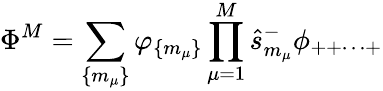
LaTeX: \Phi^{M}=\sum_{\{ m_{\mu}\} }\varphi_{\{ m_{\mu}\} }\prod_{\mu=1}^{M}\hat{s}_{m_{\mu}}^{-}\phi_{++\cdots+}